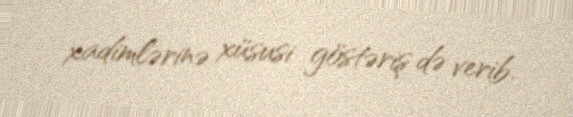
xadimlərinə xüsusi göstəriş də verib.